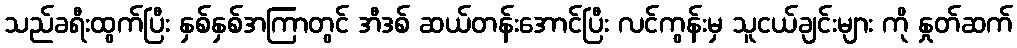
သည်ခရီးထွက်ပြီး နှစ်နှစ်အကြာတွင် အီဒစ် ဆယ်တန်းအောင်ပြီး လင်ကွန်းမှ သူငယ်ချင်းများ ကို နှုတ်ဆက်